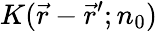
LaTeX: K(\vec{r}-{\vec{r}}^{\prime};n_{0})